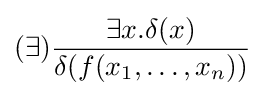
(\exists ){\frac {\exists x.\delta (x)}{\delta (f(x_{1},\ldots ,x_{n}))}}